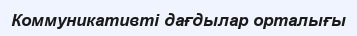
Коммуникативті дағдылар орталығы